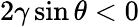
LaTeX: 2\gamma\sin\theta<0